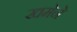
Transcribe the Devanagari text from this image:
खमेने